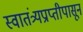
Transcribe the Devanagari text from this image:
स्वातंत्र्यप्राप्तीपासून